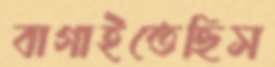
বাগাইতেছিস